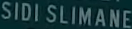
SIDI-SLIMANE